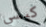
كيسي